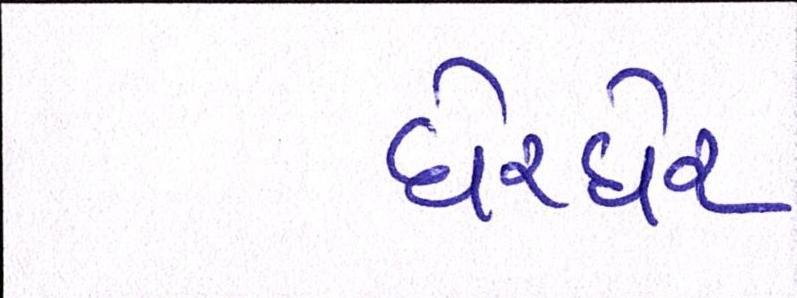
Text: ઘેરઘેર